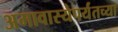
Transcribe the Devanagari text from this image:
अमावास्येपर्यंतच्या